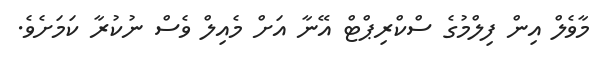
މާވެލް އިން ފިލްމުގެ ސްކްރިޕްޓް އޭނާ އަށް މެއިލް ވެސް ނުކުރާ ކަމަށެވެ.